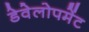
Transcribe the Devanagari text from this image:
डेवेलोपमेंट